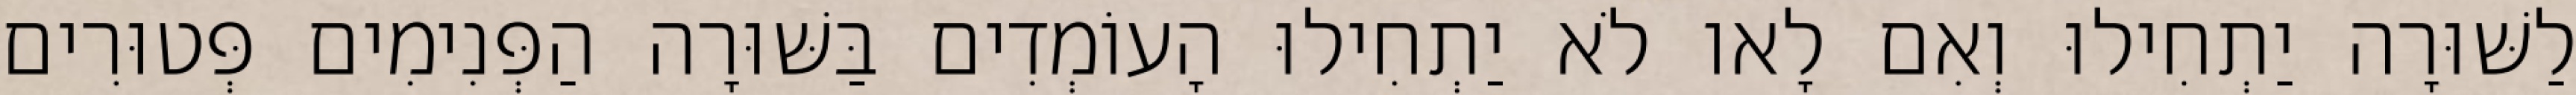
לַשּׁוּרָה יַתְחִילוּ וְאִם לָאו לֹא יַתְחִילוּ הָעוֹמְדִים בַּשּׁוּרָה הַפְּנִימִים פְּטוּרִים